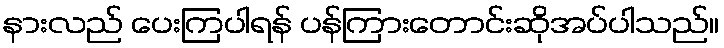
နားလည် ပေးကြပါရန် ပန်ကြားတောင်းဆိုအပ်ပါသည်။